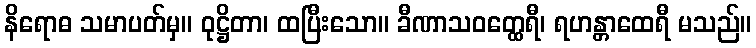
နိရောဓ သမာပတ်မှ။ ဝုဋ္ဌိတာ၊ ထပြီးသော။ ခီဏာသဝတ္ထေရီ၊ ရဟန္တာထေရီ မသည်။